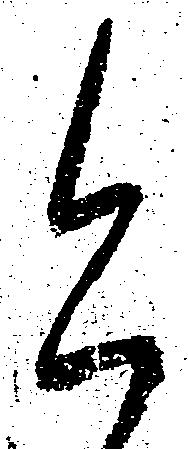
今